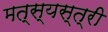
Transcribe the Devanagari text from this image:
मत्स्यस्त्री